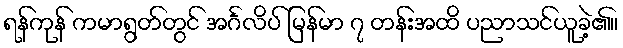
ရန်ကုန် ကမာရွတ်တွင် အင်္ဂလိပ် မြန်မာ ၇ တန်းအထိ ပညာသင်ယူခဲ့၏။